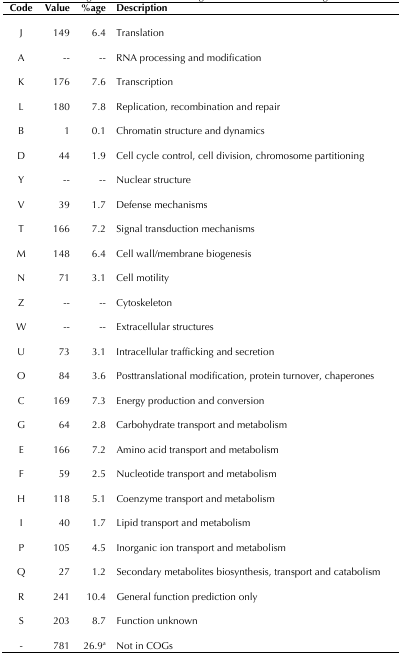
<table><thead><tr><td><b>Code</b></td><td><b>Value</b></td><td><b>%age</b></td><td><b>Description</b></td></tr></thead><tbody><tr><td>J</td><td>149</td><td>6.4</td><td>Translation</td></tr><tr><td>A</td><td>--</td><td>--</td><td>RNA processing and modification</td></tr><tr><td>K</td><td>176</td><td>7.6</td><td>Transcription</td></tr><tr><td>L</td><td>180</td><td>7.8</td><td>Replication, recombination and repair</td></tr><tr><td>B</td><td>1</td><td>0.1</td><td>Chromatin structure and dynamics</td></tr><tr><td>D</td><td>44</td><td>1.9</td><td>Cell cycle control, cell division, chromosome partitioning</td></tr><tr><td>Y</td><td>--</td><td>--</td><td>Nuclear structure</td></tr><tr><td>V</td><td>39</td><td>1.7</td><td>Defense mechanisms</td></tr><tr><td>T</td><td>166</td><td>7.2</td><td>Signal transduction mechanisms</td></tr><tr><td>M</td><td>148</td><td>6.4</td><td>Cell wall/membrane biogenesis</td></tr><tr><td>N</td><td>71</td><td>3.1</td><td>Cell motility</td></tr><tr><td>Z</td><td>--</td><td>--</td><td>Cytoskeleton</td></tr><tr><td>W</td><td>--</td><td>--</td><td>Extracellular structures</td></tr><tr><td>U</td><td>73</td><td>3.1</td><td>Intracellular trafficking and secretion</td></tr><tr><td>O</td><td>84</td><td>3.6</td><td>Posttranslational modification, protein turnover, chaperones</td></tr><tr><td>C</td><td>169</td><td>7.3</td><td>Energy production and conversion</td></tr><tr><td>G</td><td>64</td><td>2.8</td><td>Carbohydrate transport and metabolism</td></tr><tr><td>E</td><td>166</td><td>7.2</td><td>Amino acid transport and metabolism</td></tr><tr><td>F</td><td>59</td><td>2.5</td><td>Nucleotide transport and metabolism</td></tr><tr><td>H</td><td>118</td><td>5.1</td><td>Coenzyme transport and metabolism</td></tr><tr><td>I</td><td>40</td><td>1.7</td><td>Lipid transport and metabolism</td></tr><tr><td>P</td><td>105</td><td>4.5</td><td>Inorganic ion transport and metabolism</td></tr><tr><td>Q</td><td>27</td><td>1.2</td><td>Secondary metabolites biosynthesis, transport and catabolism</td></tr><tr><td>R</td><td>241</td><td>10.4</td><td>General function prediction only</td></tr><tr><td>S</td><td>203</td><td>8.7</td><td>Function unknown</td></tr><tr><td>-</td><td>781</td><td>26.9<sup>a</sup></td><td>Not in COGs</td></tr></tbody></table>